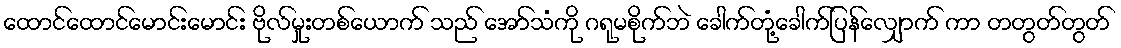
ထောင်ထောင်မောင်းမောင်း ဗိုလ်မှုးတစ်ယောက် သည် အော်သံကို ဂရုမစိုက်ဘဲ ခေါက်တုံ့ခေါက်ပြန်လျှောက် ကာ တတွတ်တွတ်